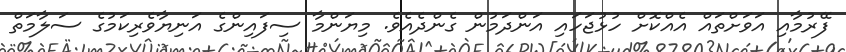
ފޭރުމާއި އަވަށްތައް އެއްކޮށް ހުޅުޖަހައި އަންދަމުން ގެންދެއެވެ. މިޔަންމާ ސިފައިންގެ އަނިޔާވެރިކަމުގެ ސަލާމަތް